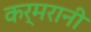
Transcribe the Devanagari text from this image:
कर्मरानी